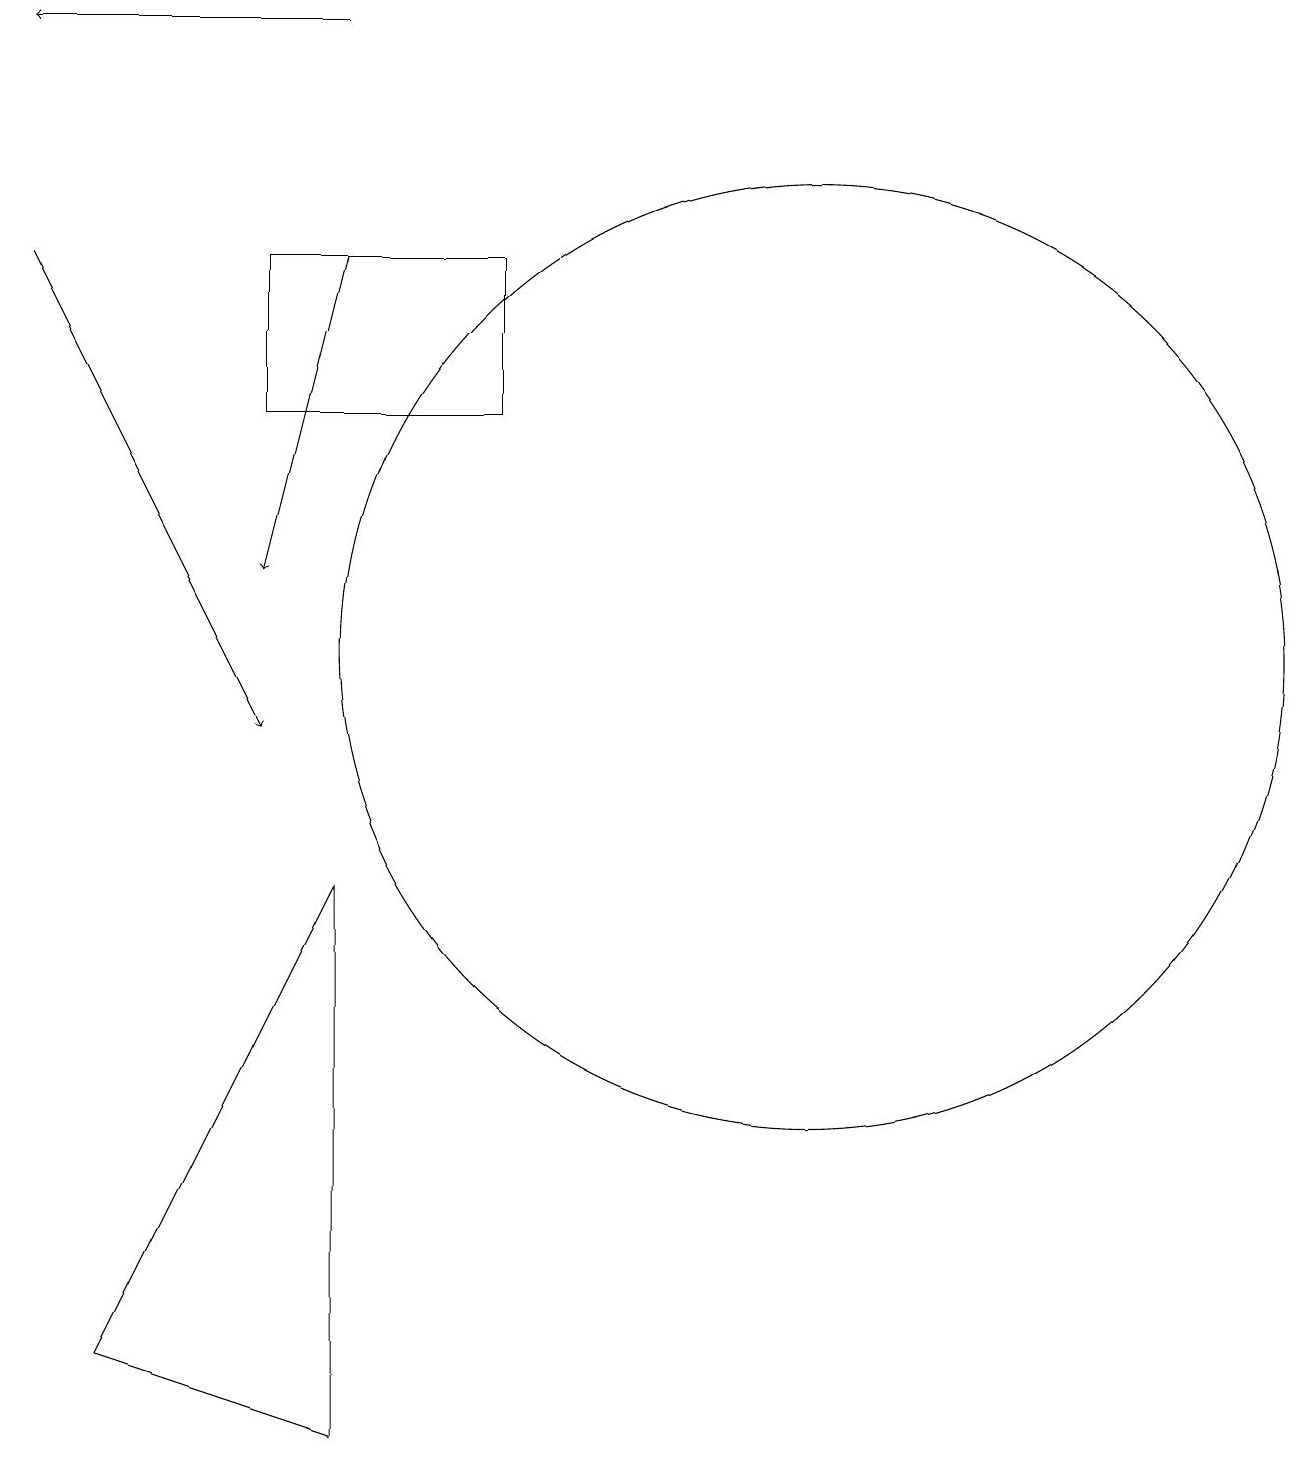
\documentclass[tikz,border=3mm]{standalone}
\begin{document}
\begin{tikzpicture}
\draw[->] (4,16) -- (3,12);
\draw (10,11) circle (6);
\draw[->] (4,19) -- (0,19);
\draw[->] (0,16) -- (3,10);
\draw (4,1) -- (1,2) -- (4,8) -- cycle;
\draw (6,14) rectangle (3,16);
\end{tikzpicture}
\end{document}